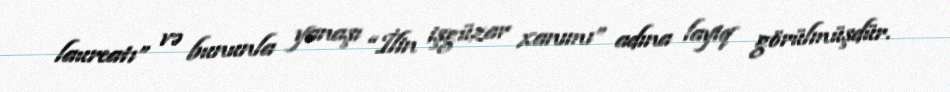
laureatı” və bununla yanaşı “İlin işgüzar xanımı” adına layiq görülmüşdür.